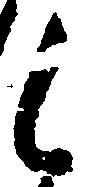
候